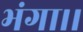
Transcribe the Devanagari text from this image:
भंगा।।